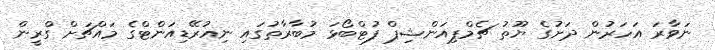
ނަވާރަ އަހަރުން ދަށުގެ ޔޫތު ޗެމްޕިއަންޝިޕް ފުޓްބޯޅަ މުބާރާތުގައި ނިއުރޭޑިއަންޓްގެ މައްޗަށް ގްރީން